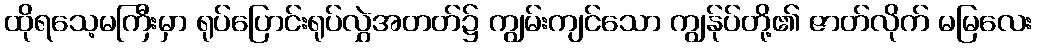
ထိုရသေ့မကြီးမှာ ရုပ်ပြောင်းရုပ်လွှဲအတတ်၌ ကျွမ်းကျင်သော ကျွန်ုပ်တို့၏ ဇာတ်လိုက် မမြလေး